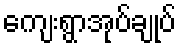
ကျေးရွာအုပ်ချုပ်